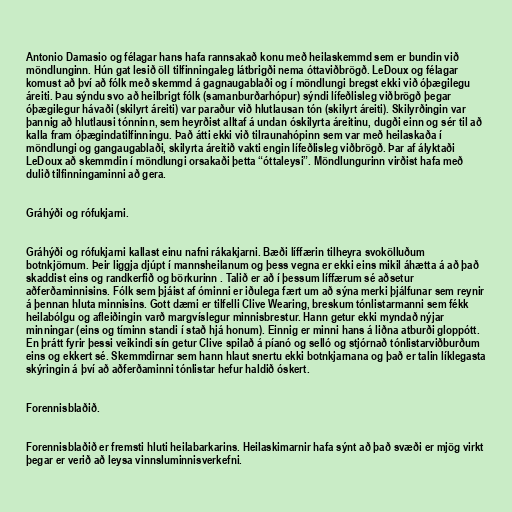
Antonio Damasio og félagar hans hafa rannsakað konu með heilaskemmd sem er bundin við
möndlunginn. Hún gat lesið öll tilfinningaleg látbrigði nema óttaviðbrögð. LeDoux og félagar
komust að því að fólk með skemmd á gagnaugablaði og í möndlungi bregst ekki við óþægilegu
áreiti. Þau sýndu svo að heilbrigt fólk (samanburðarhópur) sýndi lífeðlisleg viðbrögð þegar
óþægilegur hávaði (skilyrt áreiti) var paraður við hlutlausan tón (skilyrt áreiti). Skilyrðingin var
þannig að hlutlausi tónninn, sem heyrðist alltaf á undan óskilyrta áreitinu, dugði einn og sér til að
kalla fram óþægindatilfinningu. Það átti ekki við tilraunahópinn sem var með heilaskaða í
möndlungi og gangaugablaði, skilyrta áreitið vakti engin lífeðlisleg viðbrögð. Þar af ályktaði
LeDoux að skemmdin í möndlungi orsakaði þetta “óttaleysi”. Möndlungurinn virðist hafa með
dulið tilfinningaminni að gera.

Gráhýði og rófukjarni.

Gráhýði og rófukjarni kallast einu nafni rákakjarni. Bæði líffærin tilheyra svokölluðum
botnkjörnum. Þeir liggja djúpt í mannsheilanum og þess vegna er ekki eins mikil áhætta á að það
skaddist eins og randkerfið og börkurinn . Talið er að í þessum líffærum sé aðsetur
aðferðaminnisins. Fólk sem þjáist af óminni er iðulega fært um að sýna merki þjálfunar sem reynir
á þennan hluta minnisins. Gott dæmi er tilfelli Clive Wearing, breskum tónlistarmanni sem fékk
heilabólgu og afleiðingin varð margvíslegur minnisbrestur. Hann getur ekki myndað nýjar
minningar (eins og tíminn standi í stað hjá honum). Einnig er minni hans á liðna atburði gloppótt.
En þrátt fyrir þessi veikindi sín getur Clive spilað á píanó og selló og stjórnað tónlistarviðburðum
eins og ekkert sé. Skemmdirnar sem hann hlaut snertu ekki botnkjarnana og það er talin líklegasta
skýringin á því að aðferðaminni tónlistar hefur haldið óskert.

Forennisblaðið.

Forennisblaðið er fremsti hluti heilabarkarins. Heilaskimarnir hafa sýnt að það svæði er mjög virkt
þegar er verið að leysa vinnsluminnisverkefni.